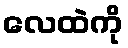
လေထဲကို